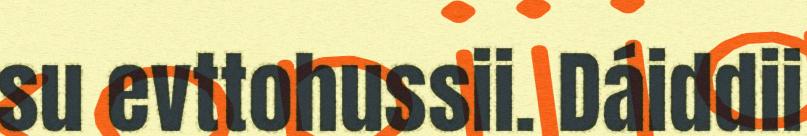
su evttohussii. Dáiddii